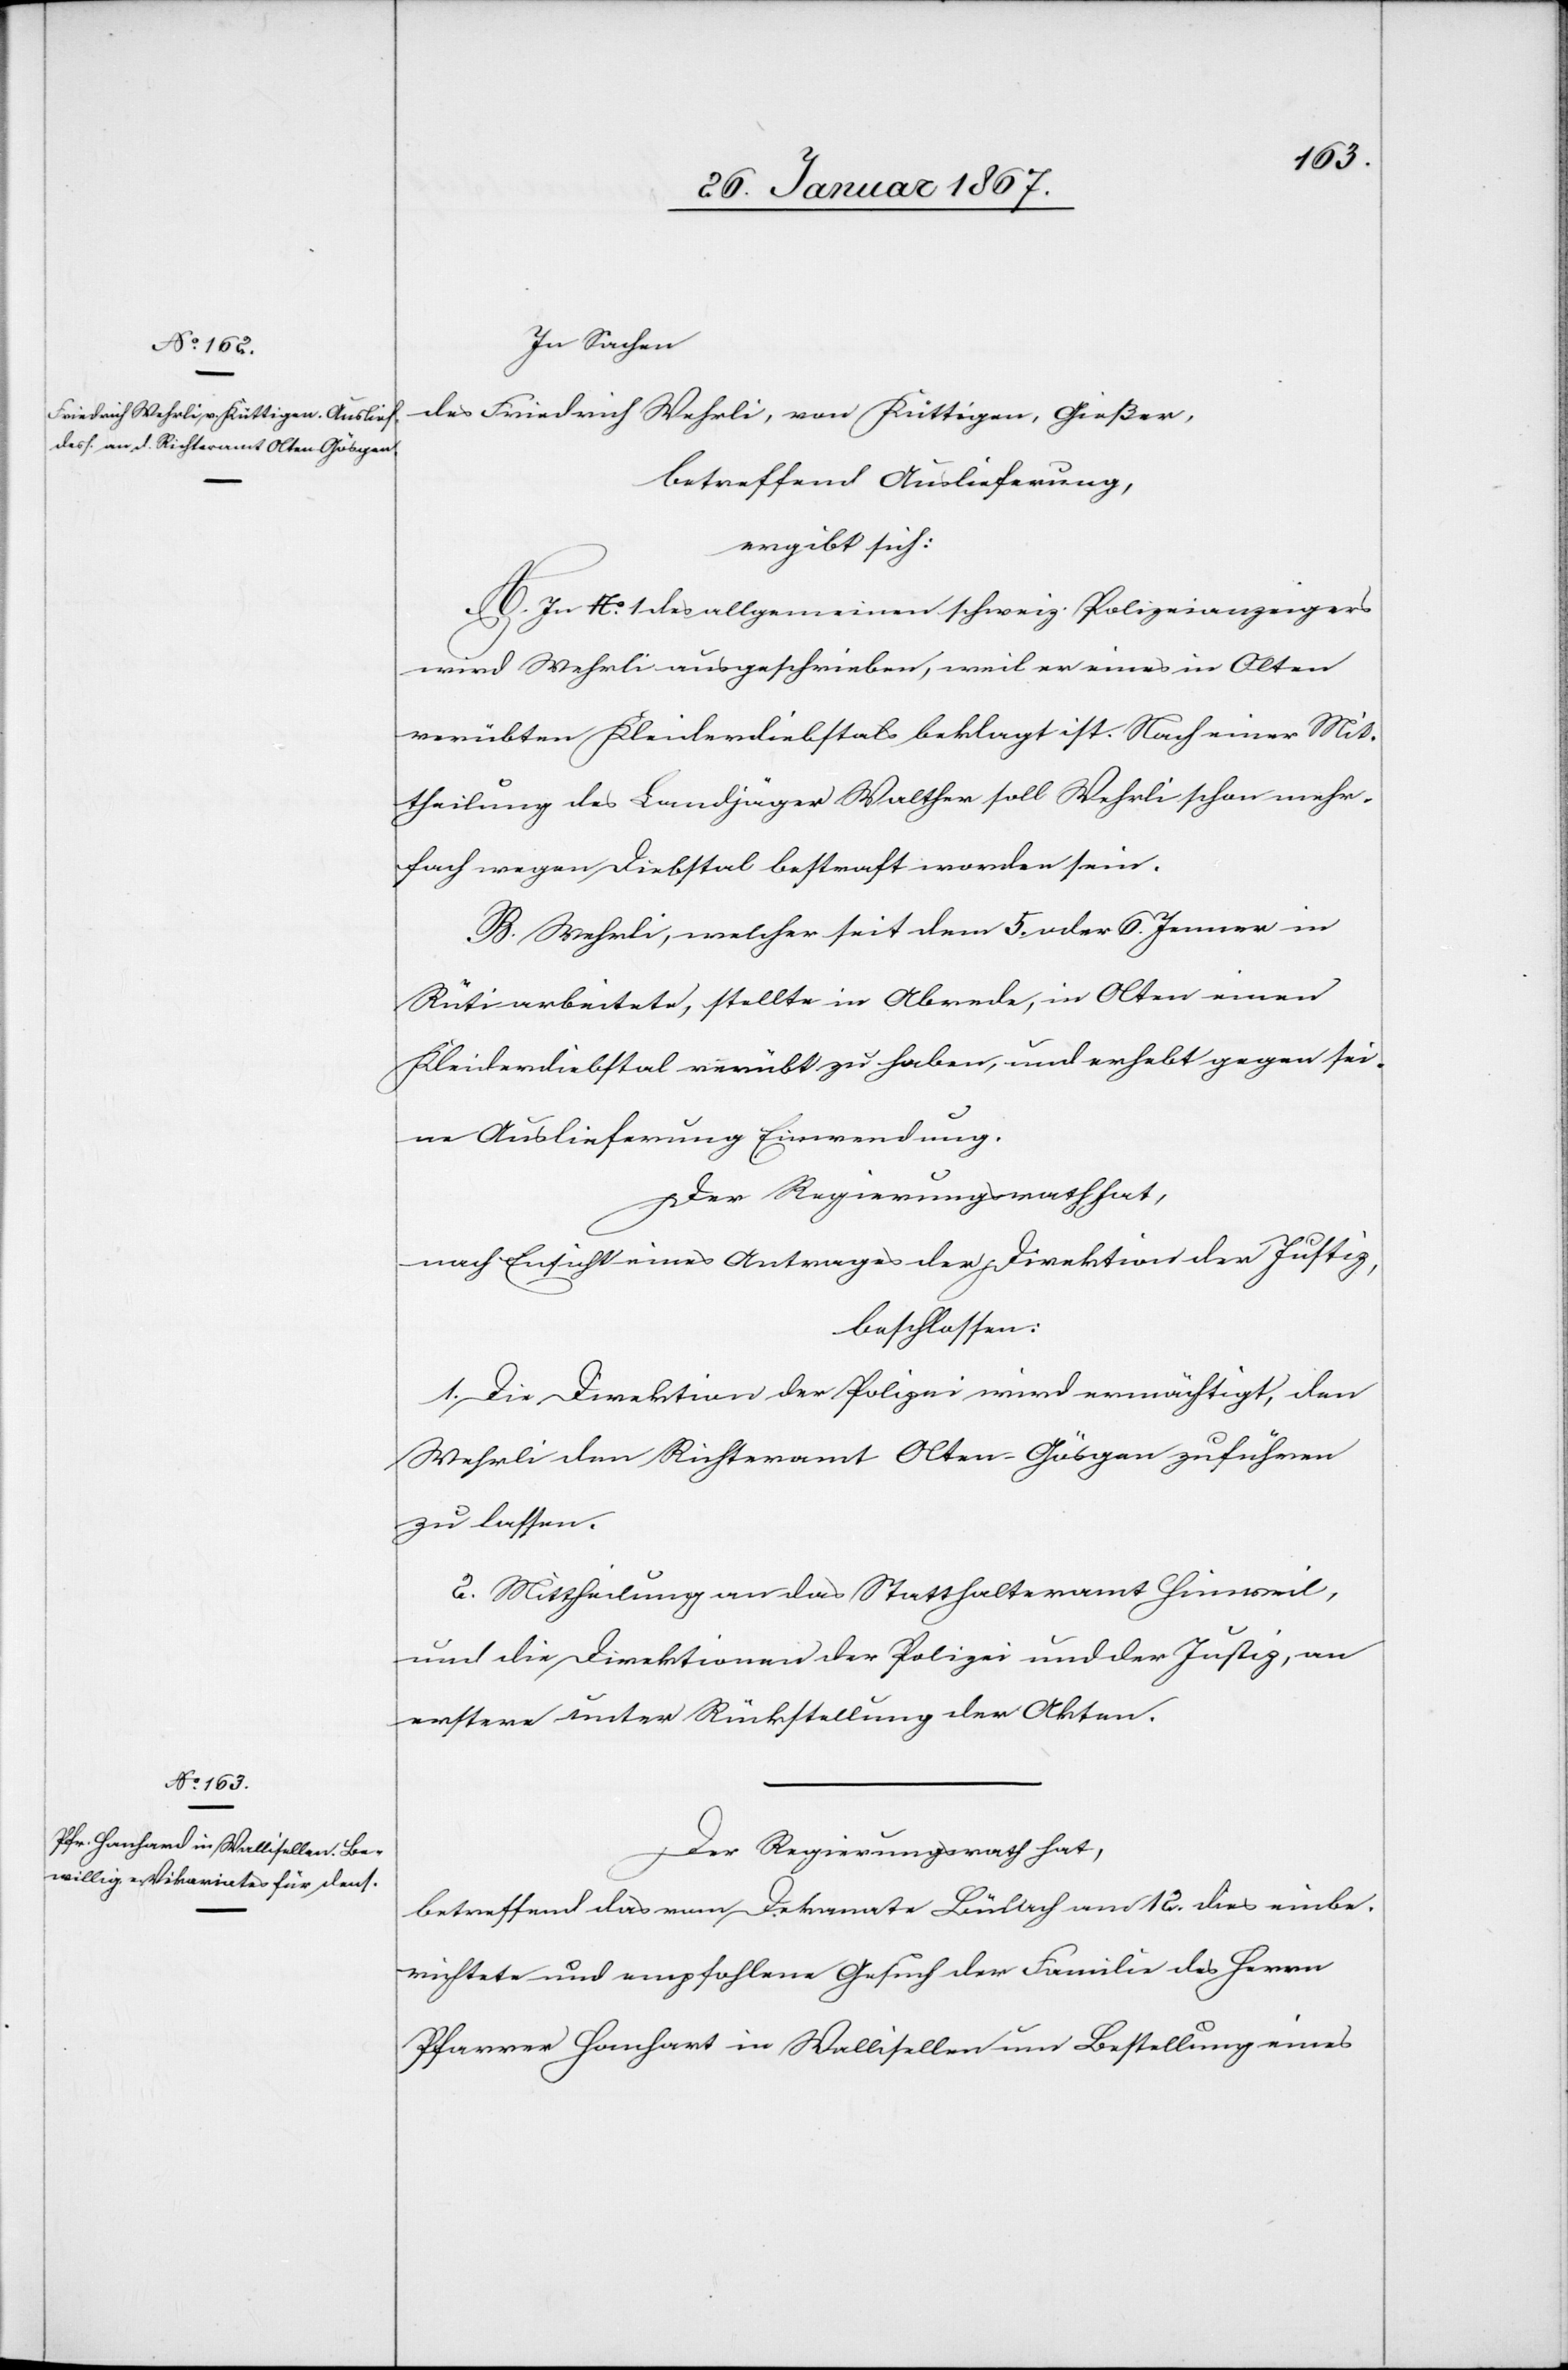
In Sachen
des Friedrich Wehrli, von Küttigen, Gießer,
ergibt sich:
A. In A. 1 des allgemeinen schweiz. Polizeianzeigers
wird Wehrli ausgeschrieben, weil er eines in Olten
verübten Kleiderdiebstals beklagt ist. Nach einer Mit¬
theilung des Landjäger Walther soll Wehrli schon mehr¬
fach wegen Diebstal bestraft worden sein.
B. Wehrli, welcher seit dem 5. oder 6. Jenner in
Rüti arbeitete, stellte in Abrede, in Olten einen
Kleiderdiebstal verübt zu haben, und erhebt gegen sei¬
ne Auslieferung Einwendung.
Der Regierungsrath hat,
nach Einsicht eines Antrages der Direktion der Justiz,
beschlossen:
1. Die Direktion der Polizei wird ermächtigt, den
Wehrli dem Richteramt Olten-Gösgen zuführen
zu lassen.
2. Mittheilung an das Statthalteramt Hinweil,
und die Direktionen der Polizei und der Justiz, an
erstere unter Rückstellung der Akten.
Der Regierungsrath hat,
betreffend das vom Dekanate Bülach am 12. dies einbe¬
richtete und empfohlene Gesuch der Familie des Herrn
Pfarrer Hanhart [sic!] in Wallisellen um Bestellung eines